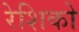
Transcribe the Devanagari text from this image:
रेशिको